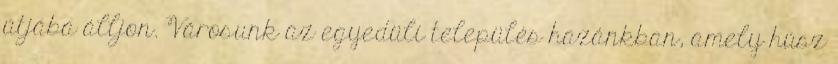
útjába álljon. Városunk az egyedüli település hazánkban, amely húsz